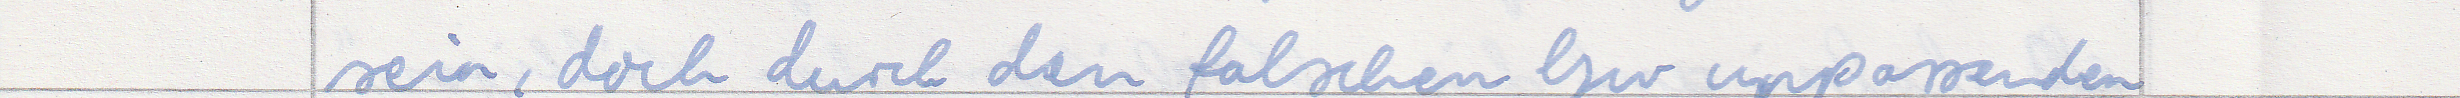
sein, doch durch den falschen bzw unpassenden